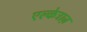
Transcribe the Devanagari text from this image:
एल्केट्राज़